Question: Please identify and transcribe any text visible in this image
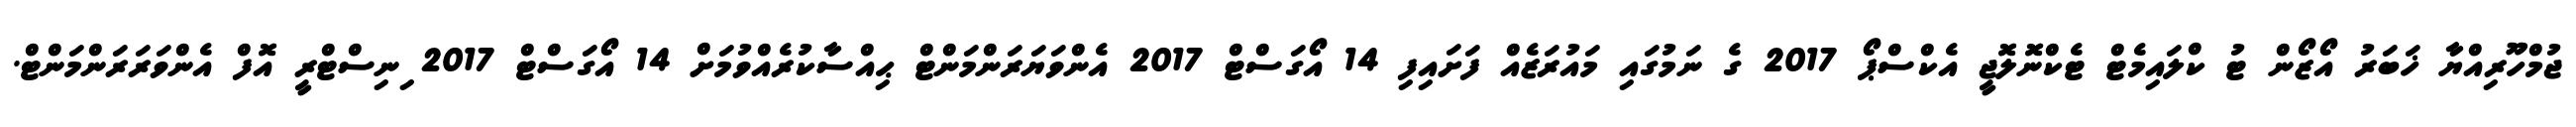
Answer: ޖުމްހޫރިއްޔާ ޚަބަރު އޯޒޯން ޓު ކްލައިމެޓް ޓެކްނޮލޮޖީ އެކްސްޕޯ 2017 ގެ ނަމުގައި މައުރަޒެއް ފަށައިފި 14 އޯގަސްޓް 2017 އެންވަޔަރަންމަންޓް ޙިއްސާކުރެއްވުމަށް 14 އޯގަސްޓް 2017 ިނިސްޓްރީ އޮފް އެންވަރަރަންމަންޓް.